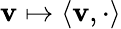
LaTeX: \mathbf{v}\mapsto\langle\mathbf{v},\cdot\rangle